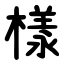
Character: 樣